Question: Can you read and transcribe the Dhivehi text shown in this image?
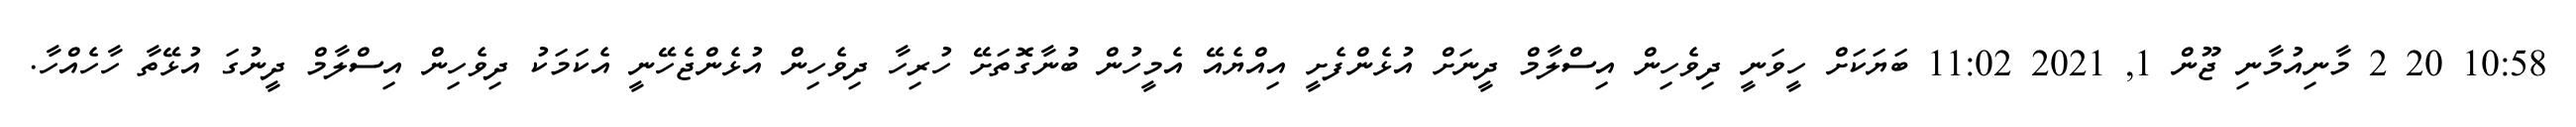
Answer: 10:58 20 2 މާނިއުމާނި ޖޫން 1, 2021 11:02 ބަޔަކަށް ހީވަނީ ދިވެހިން އިސްލާމް ދީނަށް އުޅެންފެށީ އިއްޔެއޭ އެމީހުން ބުނާގޮތަށޭ ހުރިހާ ދިވެހިން އުޅެންޖެހޭނީ އެކަމަކު ދިވެހިން އިސްލާމް ދީނުގަ އުޅޭތާ ހާހެއްހާ.